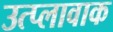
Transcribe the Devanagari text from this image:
उत्प्लावाक